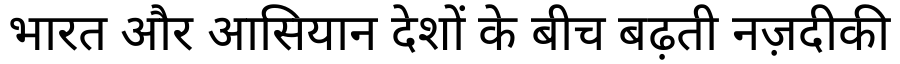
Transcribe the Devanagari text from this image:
भारत और आसियान देशों के बीच बढ़ती नज़दीकी